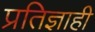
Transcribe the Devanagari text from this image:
प्रतिज्ञाही